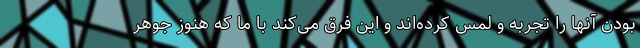
بودن آنها را تجربه و لمس کرده‌اند و این فرق می‌کند با ما که هنوز جوهر